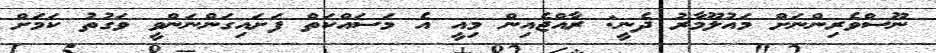
ނޫސްވެރިންނަށް މައުލޫމާރު ދެނީ: ރާއްޖެއިން މިއީ އެ މަސައްކަތް ފަށައިގަންނަންވީ ވަގުތު ކަމަށް